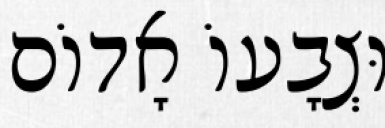
וּצְבָעוֹ אָדוֹם